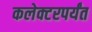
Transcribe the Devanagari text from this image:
कलेक्टरपर्यंत